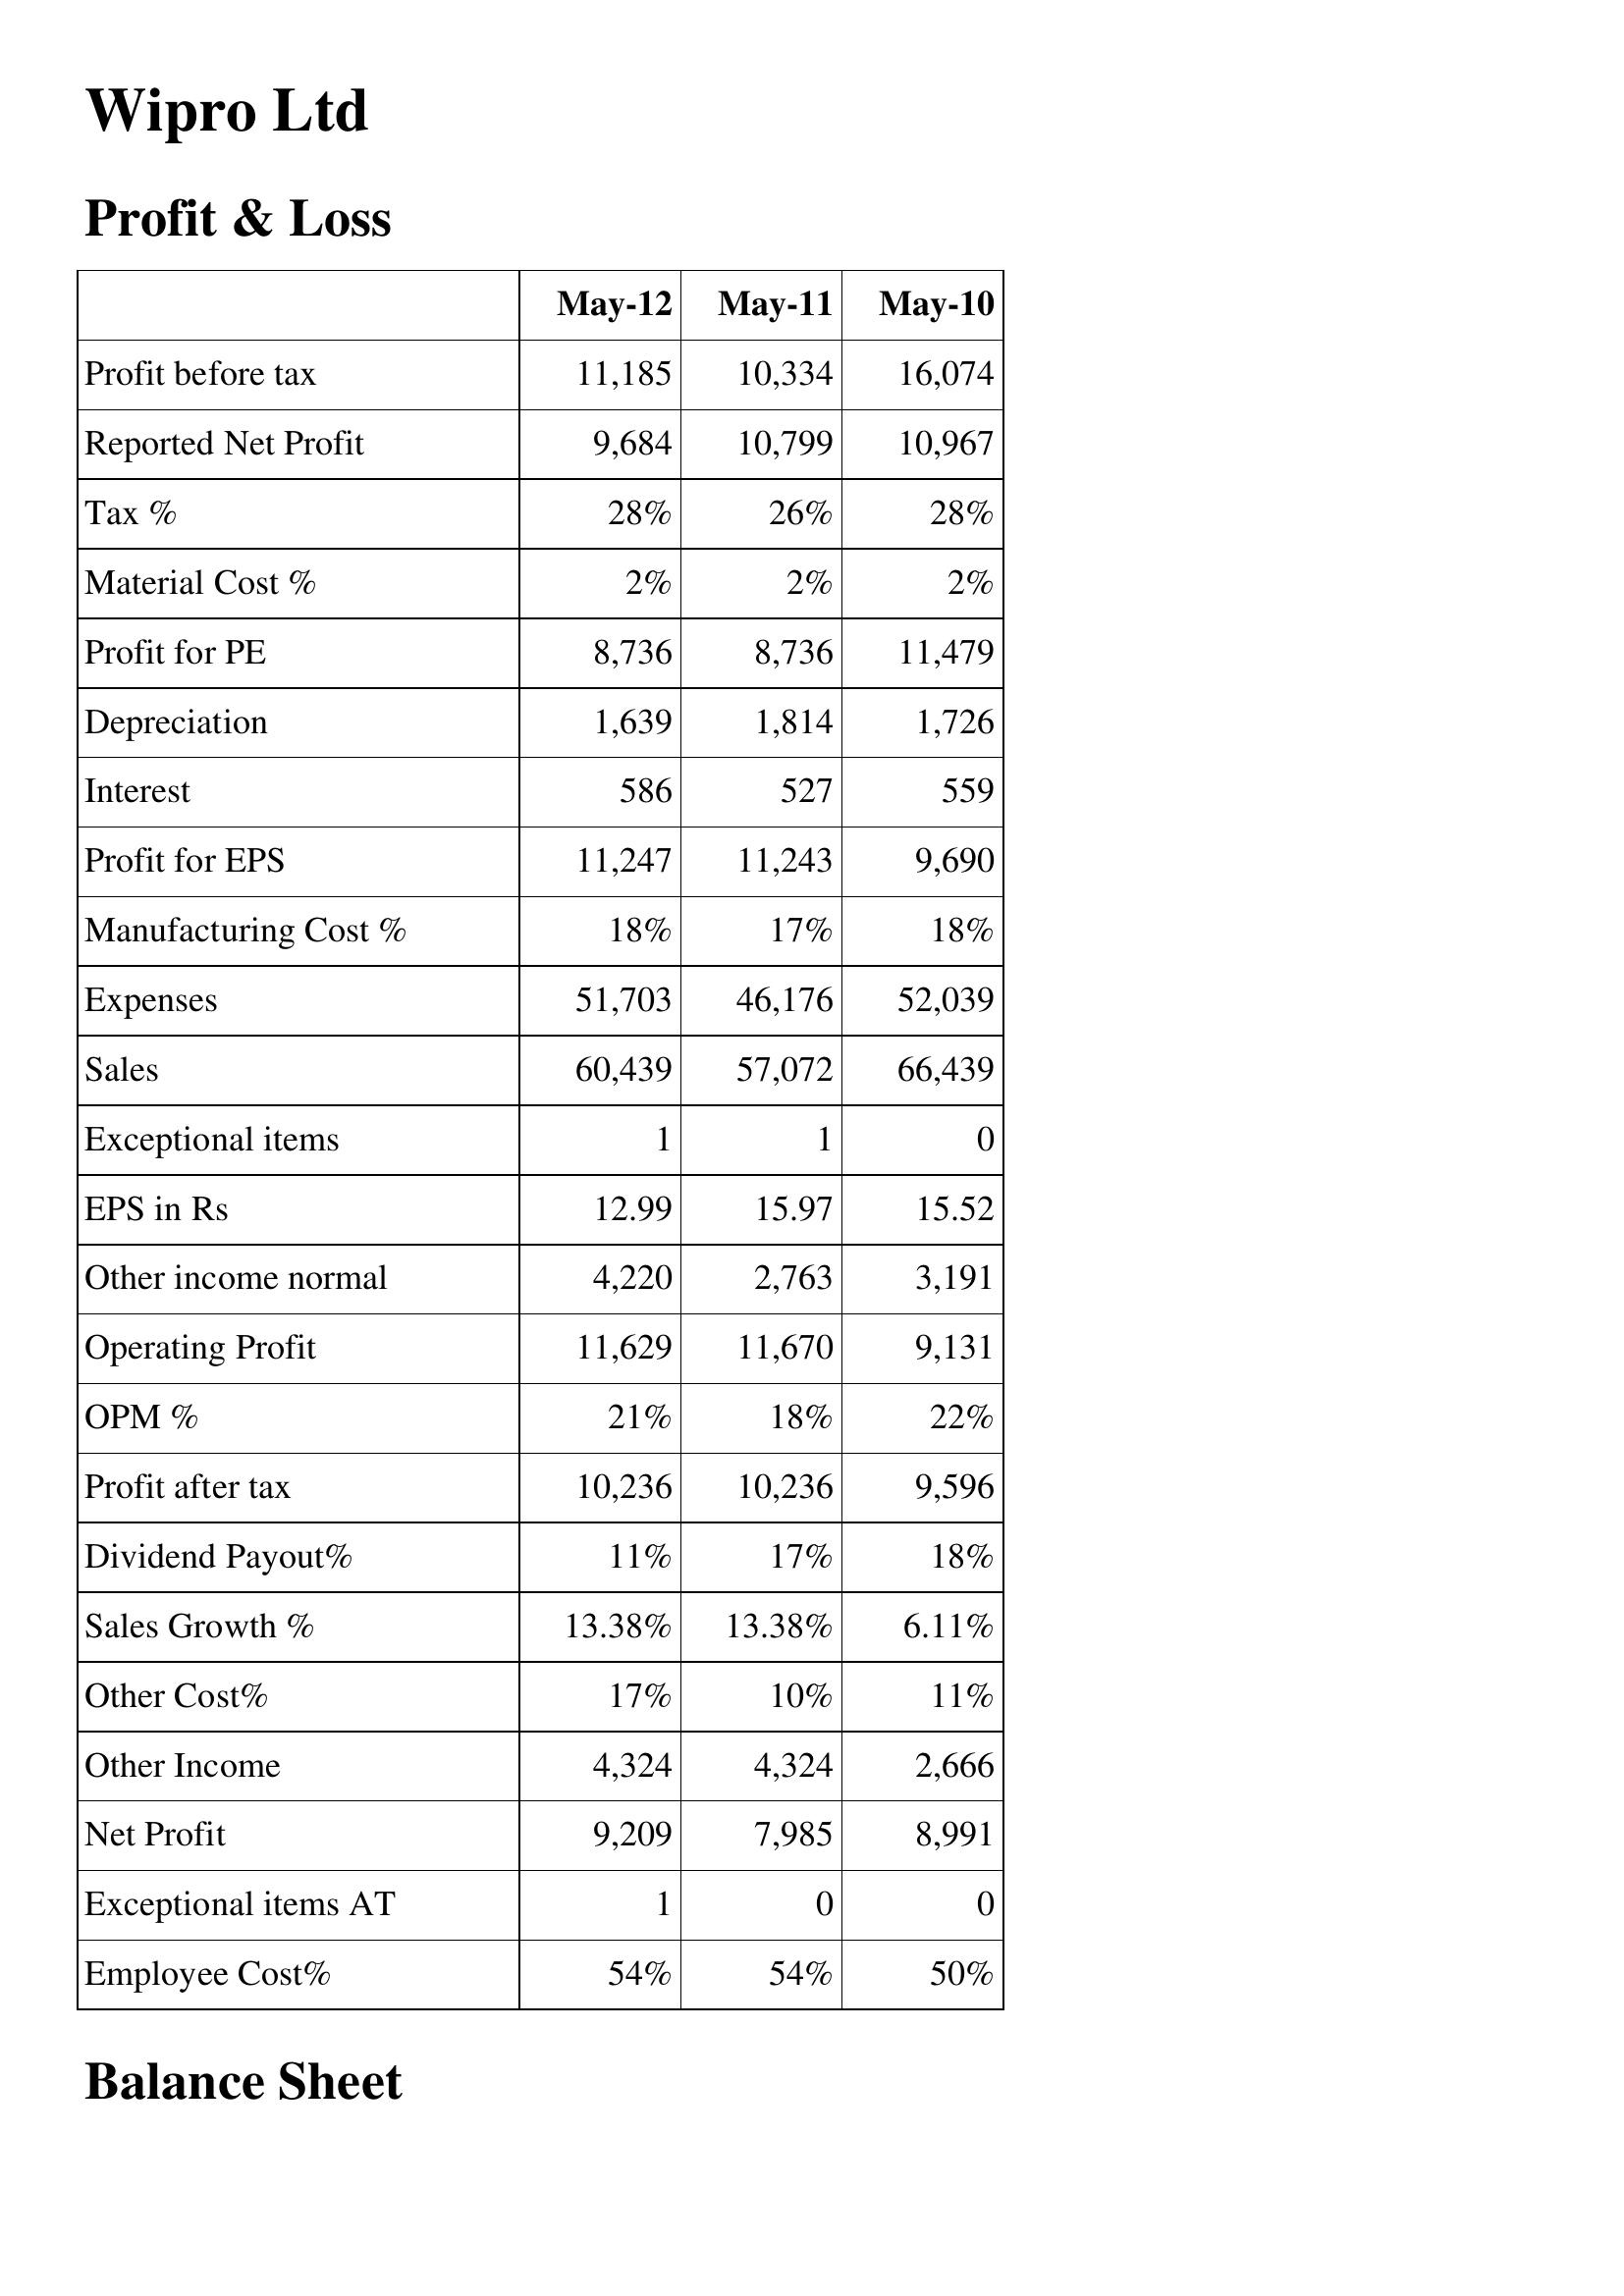
May-12: Profit & Loss: Profit before tax: 11,185
Reported Net Profit: 9,684
Tax %: 28%
Material Cost %: 2%
Profit for PE: 8,736
Depreciation: 1,639
Interest: 586
Profit for EPS: 11,247
Manufacturing Cost %: 18%
Expenses: 51,703
Sales: 60,439
Exceptional items: 1
EPS in Rs: 12.99
Other income normal: 4,220
Operating Profit: 11,629
OPM %: 21%
Profit after tax: 10,236
Dividend Payout%: 11%
Sales Growth %: 13.38%
Other Cost%: 17%
Other Income: 4,324
Net Profit: 9,209
Exceptional items AT: 1
Employee Cost%: 54%
May-11: Profit & Loss: Profit before tax: 10,334
Reported Net Profit: 10,799
Tax %: 26%
Material Cost %: 2%
Profit for PE: 8,736
Depreciation: 1,814
Interest: 527
Profit for EPS: 11,243
Manufacturing Cost %: 17%
Expenses: 46,176
Sales: 57,072
Exceptional items: 1
EPS in Rs: 15.97
Other income normal: 2,763
Operating Profit: 11,670
OPM %: 18%
Profit after tax: 10,236
Dividend Payout%: 17%
Sales Growth %: 13.38%
Other Cost%: 10%
Other Income: 4,324
Net Profit: 7,985
Exceptional items AT: 0
Employee Cost%: 54%
May-10: Profit & Loss: Profit before tax: 16,074
Reported Net Profit: 10,967
Tax %: 28%
Material Cost %: 2%
Profit for PE: 11,479
Depreciation: 1,726
Interest: 559
Profit for EPS: 9,690
Manufacturing Cost %: 18%
Expenses: 52,039
Sales: 66,439
Exceptional items: 0
EPS in Rs: 15.52
Other income normal: 3,191
Operating Profit: 9,131
OPM %: 22%
Profit after tax: 9,596
Dividend Payout%: 18%
Sales Growth %: 6.11%
Other Cost%: 11%
Other Income: 2,666
Net Profit: 8,991
Exceptional items AT: 0
Employee Cost%: 50%